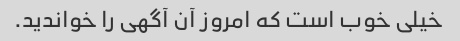
خیلی خوب است که امروز آن آگهی را خواندید.